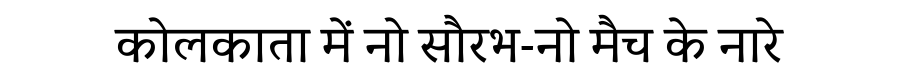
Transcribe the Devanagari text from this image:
कोलकाता में नो सौरभ-नो मैच के नारे